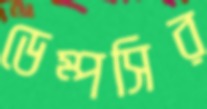
ডেম্পসির